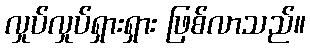
လှုပ်လှုပ်ရှားရှား ဖြစ်လာသည်။